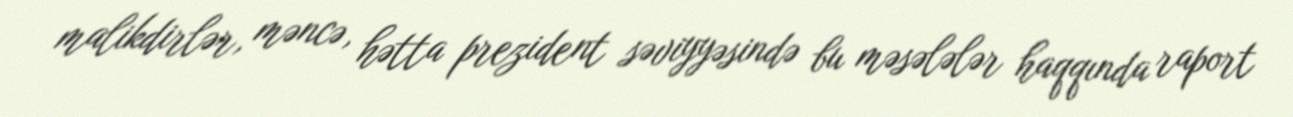
malikdirlər, məncə, hətta prezident səviyyəsində bu məsələlər haqqında raport